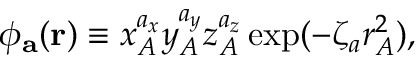
\begin{array} { r } { \phi _ { \mathbf { a } } ( { \bf r } ) \equiv x _ { A } ^ { a _ { x } } y _ { A } ^ { a _ { y } } z _ { A } ^ { a _ { z } } \exp ( - \zeta _ { a } r _ { A } ^ { 2 } ) , } \end{array}